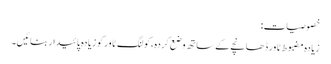
خصوصیات:
زیادہ مضبوط ٹاور ڈھانچے کے ساتھ وضع کردہ ،کولنگ ٹاور کو زیادہ پائیدار بنائیں۔